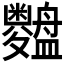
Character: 𱲢